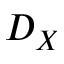
D _ { X }